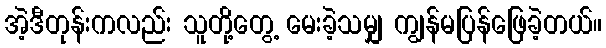
အဲ့ဒီတုန်းကလည်း သူတို့တွေ့ မေးခဲ့သမျှ ကျွန်မပြန်ဖြေခဲ့တယ်။